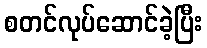
စတင်လုပ်ဆောင်ခဲ့ပြီး